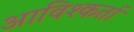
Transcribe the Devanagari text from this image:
आविश्कर्ता